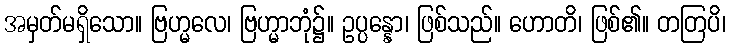
အမှတ်မရှိသော။ ဗြဟ္မလေ၊ ဗြဟ္မာဘုံ၌။ ဥပ္ပန္နော၊ ဖြစ်သည်။ ဟောတိ၊ ဖြစ်၏။ တတြပိ၊